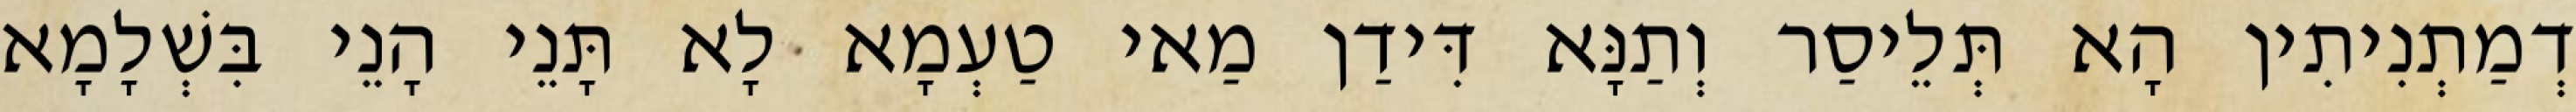
דְמַתְנִיתִין הָא תְּלֵיסַר וְתַנָּא דִּידַן מַאי טַעְמָא לָא תָּנֵי הָנֵי בִּשְׁלָמָא